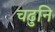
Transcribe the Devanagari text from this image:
चढुनि